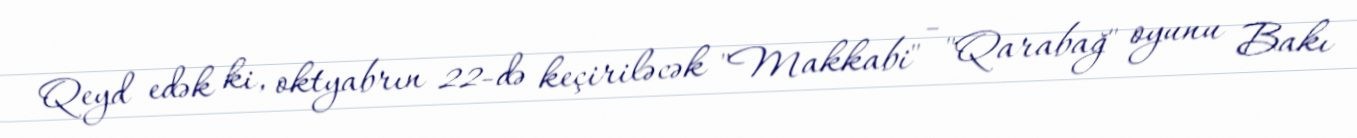
Qeyd edək ki, oktyabrın 22-də keçiriləcək "Makkabi" - "Qarabağ" oyunu Bakı